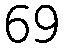
69